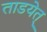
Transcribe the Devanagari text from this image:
ताडयेत्